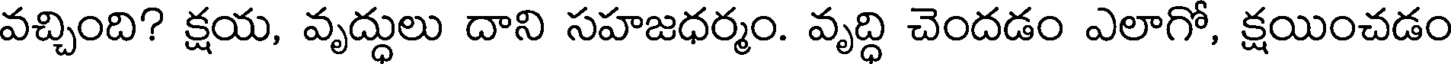
వచ్చింది? క్షయ, వృద్ధులు దాని సహజధర్మం. వృద్ధి చెందడం ఎలాగో, క్షయించడం